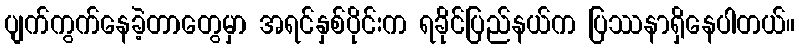
ပျက်ကွက်နေခဲ့တာတွေမှာ အရင်နှစ်ပိုင်းက ရခိုင်ပြည်နယ်က ပြဿနာရှိနေပါတယ်။